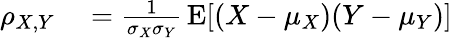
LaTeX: \begin{array}{rl}{\rho_{X,Y}}&{{}={\frac{1}{\sigma_{X}\sigma_{Y}}}\operatorname{E}[(X-\mu_{X})(Y-\mu_{Y})]}\end{array}